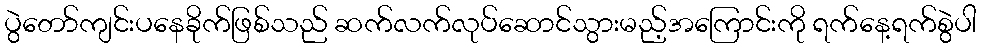
ပွဲတော်ကျင်းပနေခိုက်ဖြစ်သည် ဆက်လက်လုပ်ဆောင်သွားမည့်အကြောင်းကို ရက်နေ့ရက်စွဲပါ